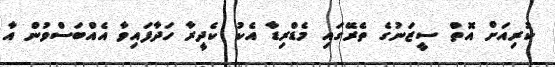
ކުރިއަށް އޮތް ސީޒަނުގެ ތެރޭގައި މެޑްރިޑާ އެކު ކެދީރާ ހަދާފައިވާ އެއްބަސްވުން އާ